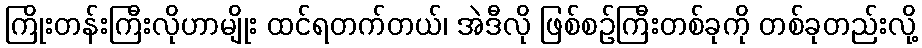
ကြိုးတန်းကြီးလိုဟာမျိုး ထင်ရတက်တယ်၊ အဲဒီလို ဖြစ်စဉ်ကြီးတစ်ခုကို တစ်ခုတည်းလို့